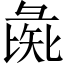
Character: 彘